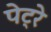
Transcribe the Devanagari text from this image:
पेट्रे